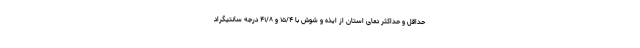
حداقل و حداکثر دمای استان از ایذه و شوش با ۱۵/۴ و ۴۱/۸ درجه سانتیگراد